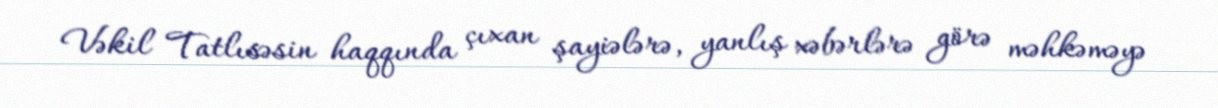
Vəkil Tatlısəsin haqqında çıxan şayiələrə, yanlış xəbərlərə görə məhkəməyə